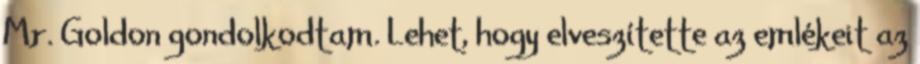
Mr. Goldon gondolkodtam. Lehet, hogy elveszítette az emlékeit az